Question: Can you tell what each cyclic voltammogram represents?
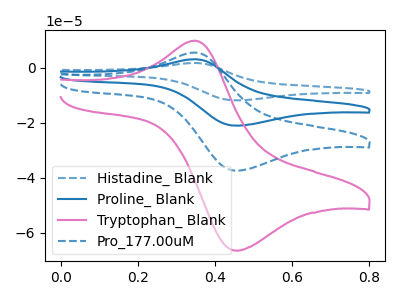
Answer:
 <answer>The blue dashed curve is labeled "Histadine_ Blank". The blue curve is labeled "Proline_ Blank". The pink curve is labeled "Tryptophan_ Blank". The blue dashed curve is labeled "Pro_177.00uM".</answer>
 <eval></eval>